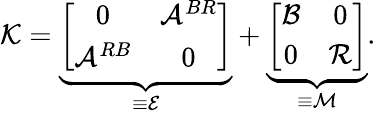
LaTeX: \mathcal{K}=\underbrace{\left[\begin{array}{cc}{0}&{\mathcal{A}^{BR}}\\ {\mathcal{A}^{RB}}&{0}\end{array}\right]}_{\equiv\mathcal{E}}+\underbrace{\left[\begin{array}{cc}{\mathcal{B}}&{0}\\ {0}&{\mathcal{R}}\end{array}\right]}_{\equiv\mathcal{M}}.